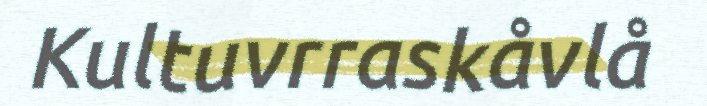
Kultuvrraskåvlå